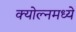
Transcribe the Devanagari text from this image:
क्योल्नमध्ये